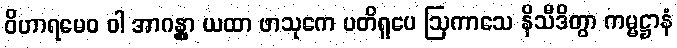
ဝိဟာရမေဝ ဝါ အာဂန္တွာ ယထာ ဖာသုကေ ပတိရူပေ ဩကာသေ နိသီဒိတွာ ကမ္မဋ္ဌာနံ